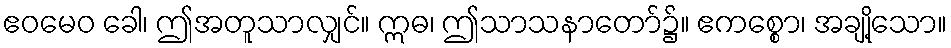
ဧဝမေဝ ခေါ၊ ဤအတူသာလျှင်။ ဣဓ၊ ဤသာသနာတော်၌။ ဧကစ္စော၊ အချို့သော။